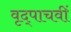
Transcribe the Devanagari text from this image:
वृद्पाचवीं